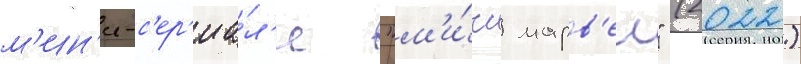
м'ин'и-с'ер'иа́л'е "м'и́сс марв'ел" (2022)